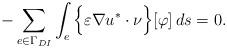
LaTeX: \begin{align*}- \sum_{e \in \Gamma_{DI}}\int_e \Big\{\varepsilon \nabla u^* \cdot \nu\Big\} [\varphi]\, ds=0.\end{align*}